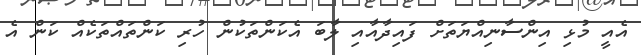
އެއީ މުޅި އިންސާނިއްޔަތަށް ފައިދާއާއި ލާބަ އެކަންތަކުން ހުރި ކަންތައްތަކެއް ކަން އެ